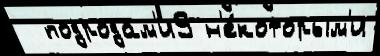
  подродам'и9 н'е́которым'и